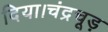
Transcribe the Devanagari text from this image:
दिया।चंद्रचूड़